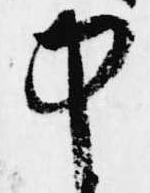
中